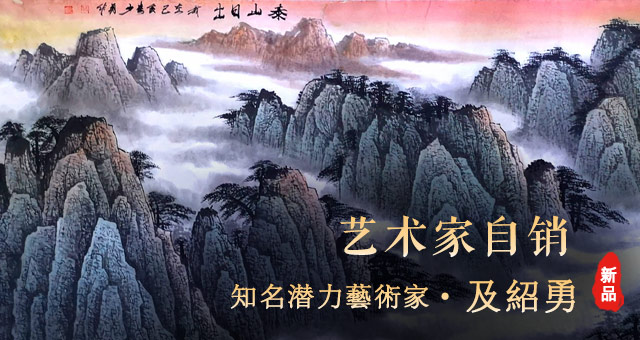
勇，志之所以敢也。